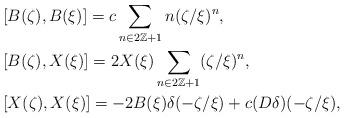
LaTeX: \begin{align*}&[B(\zeta),B(\xi)]=c\sum_{n\in 2\mathbb{Z}+1}n(\zeta/\xi)^{n},\\&[B(\zeta),X(\xi)]=2X(\xi)\sum_{n\in 2\mathbb{Z}+1}(\zeta/\xi)^{n},\\&[X(\zeta),X(\xi)]=-2B(\xi)\delta(-\zeta/\xi)+c(D\delta)(-\zeta/\xi),\end{align*}